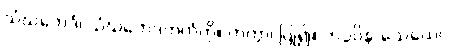
သံဃဘေဒံ၊ သံဃဘေဒကကံကို။ ကတွာ၊ ပြု၍။ ကပ္ပဝိနာသေယေဝ၊